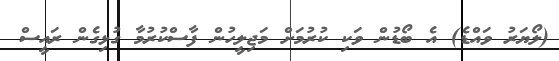
(ލޯޔަރު ވައްޑެ) އެ ބޯޑުން ވަކި ކުރުމަށް މަޖިލީހުން ފާސްކުރުމާ ގުޅިގެން ރައީސް